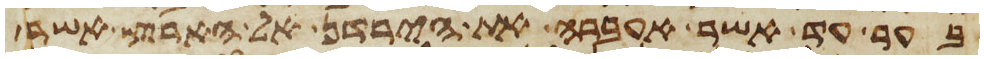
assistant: בער עד אשר אעברה את הירדן אל הארץ אשר